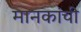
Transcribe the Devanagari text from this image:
मानकांची